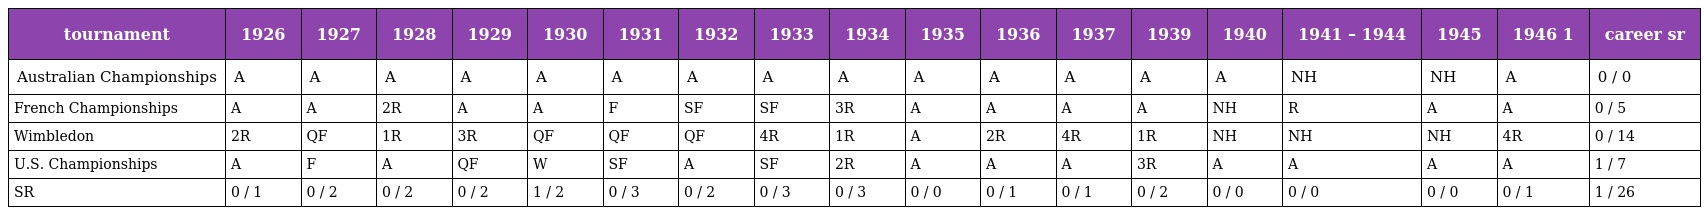
| tournament | 1926 | 1927 | 1928 | 1929 | 1930 | 1931 | 1932 | 1933 | 1934 | 1935 | 1936 | 1937 | 1939 | 1940 | 1941 – 1944 | 1945 | 1946 1 | career sr |
 | --- | --- | --- | --- | --- | --- | --- | --- | --- | --- | --- | --- | --- | --- | --- | --- | --- | --- | --- |
 | Australian Championships | A | A | A | A | A | A | A | A | A | A | A | A | A | A | NH | NH | A | 0 / 0 |
 | French Championships | A | A | 2R | A | A | F | SF | SF | 3R | A | A | A | A | NH | R | A | A | 0 / 5 |
 | Wimbledon | 2R | QF | 1R | 3R | QF | QF | QF | 4R | 1R | A | 2R | 4R | 1R | NH | NH | NH | 4R | 0 / 14 |
 | U.S. Championships | A | F | A | QF | W | SF | A | SF | 2R | A | A | A | 3R | A | A | A | A | 1 / 7 |
 | SR | 0 / 1 | 0 / 2 | 0 / 2 | 0 / 2 | 1 / 2 | 0 / 3 | 0 / 2 | 0 / 3 | 0 / 3 | 0 / 0 | 0 / 1 | 0 / 1 | 0 / 2 | 0 / 0 | 0 / 0 | 0 / 0 | 0 / 1 | 1 / 26 |